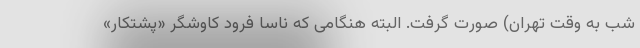
شب به وقت تهران) صورت گرفت. البته هنگامی که ناسا فرود کاوشگر «پشتکار»